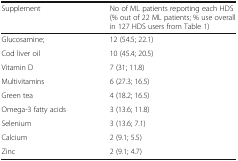
| Supplement | No of ML patients reporting each HDS (% out of 22 ML patients; % use overall in 127 HDS users from Table 1) |
 | --- | --- |
 | Glucosamine; | 12 (54.5; 22.1) |
 | Cod liver oil | 10 (45.4; 20.5) |
 | Vitamin D | 7 (31; 11.8) |
 | Multivitamins | 6 (27.3; 16.5) |
 | Green tea | 4 (18.2; 16.5) |
 | Omega-3 fatty acids | 3 (13.6; 11.8) |
 | Selenium | 3 (13.6; 7.1) |
 | Calcium | 2 (9.1; 5.5) |
 | Zinc | 2 (9.1; 4.7) |